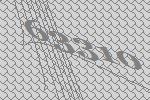
63310